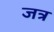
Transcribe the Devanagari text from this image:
जत्र